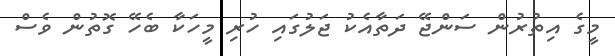
މީގެ އިތުރުން ސަންޖޭ ދަތާއެކު ޖަލުގައި ހުރި މީހަކާ ބެހޭ ގޮތުން ވެސް